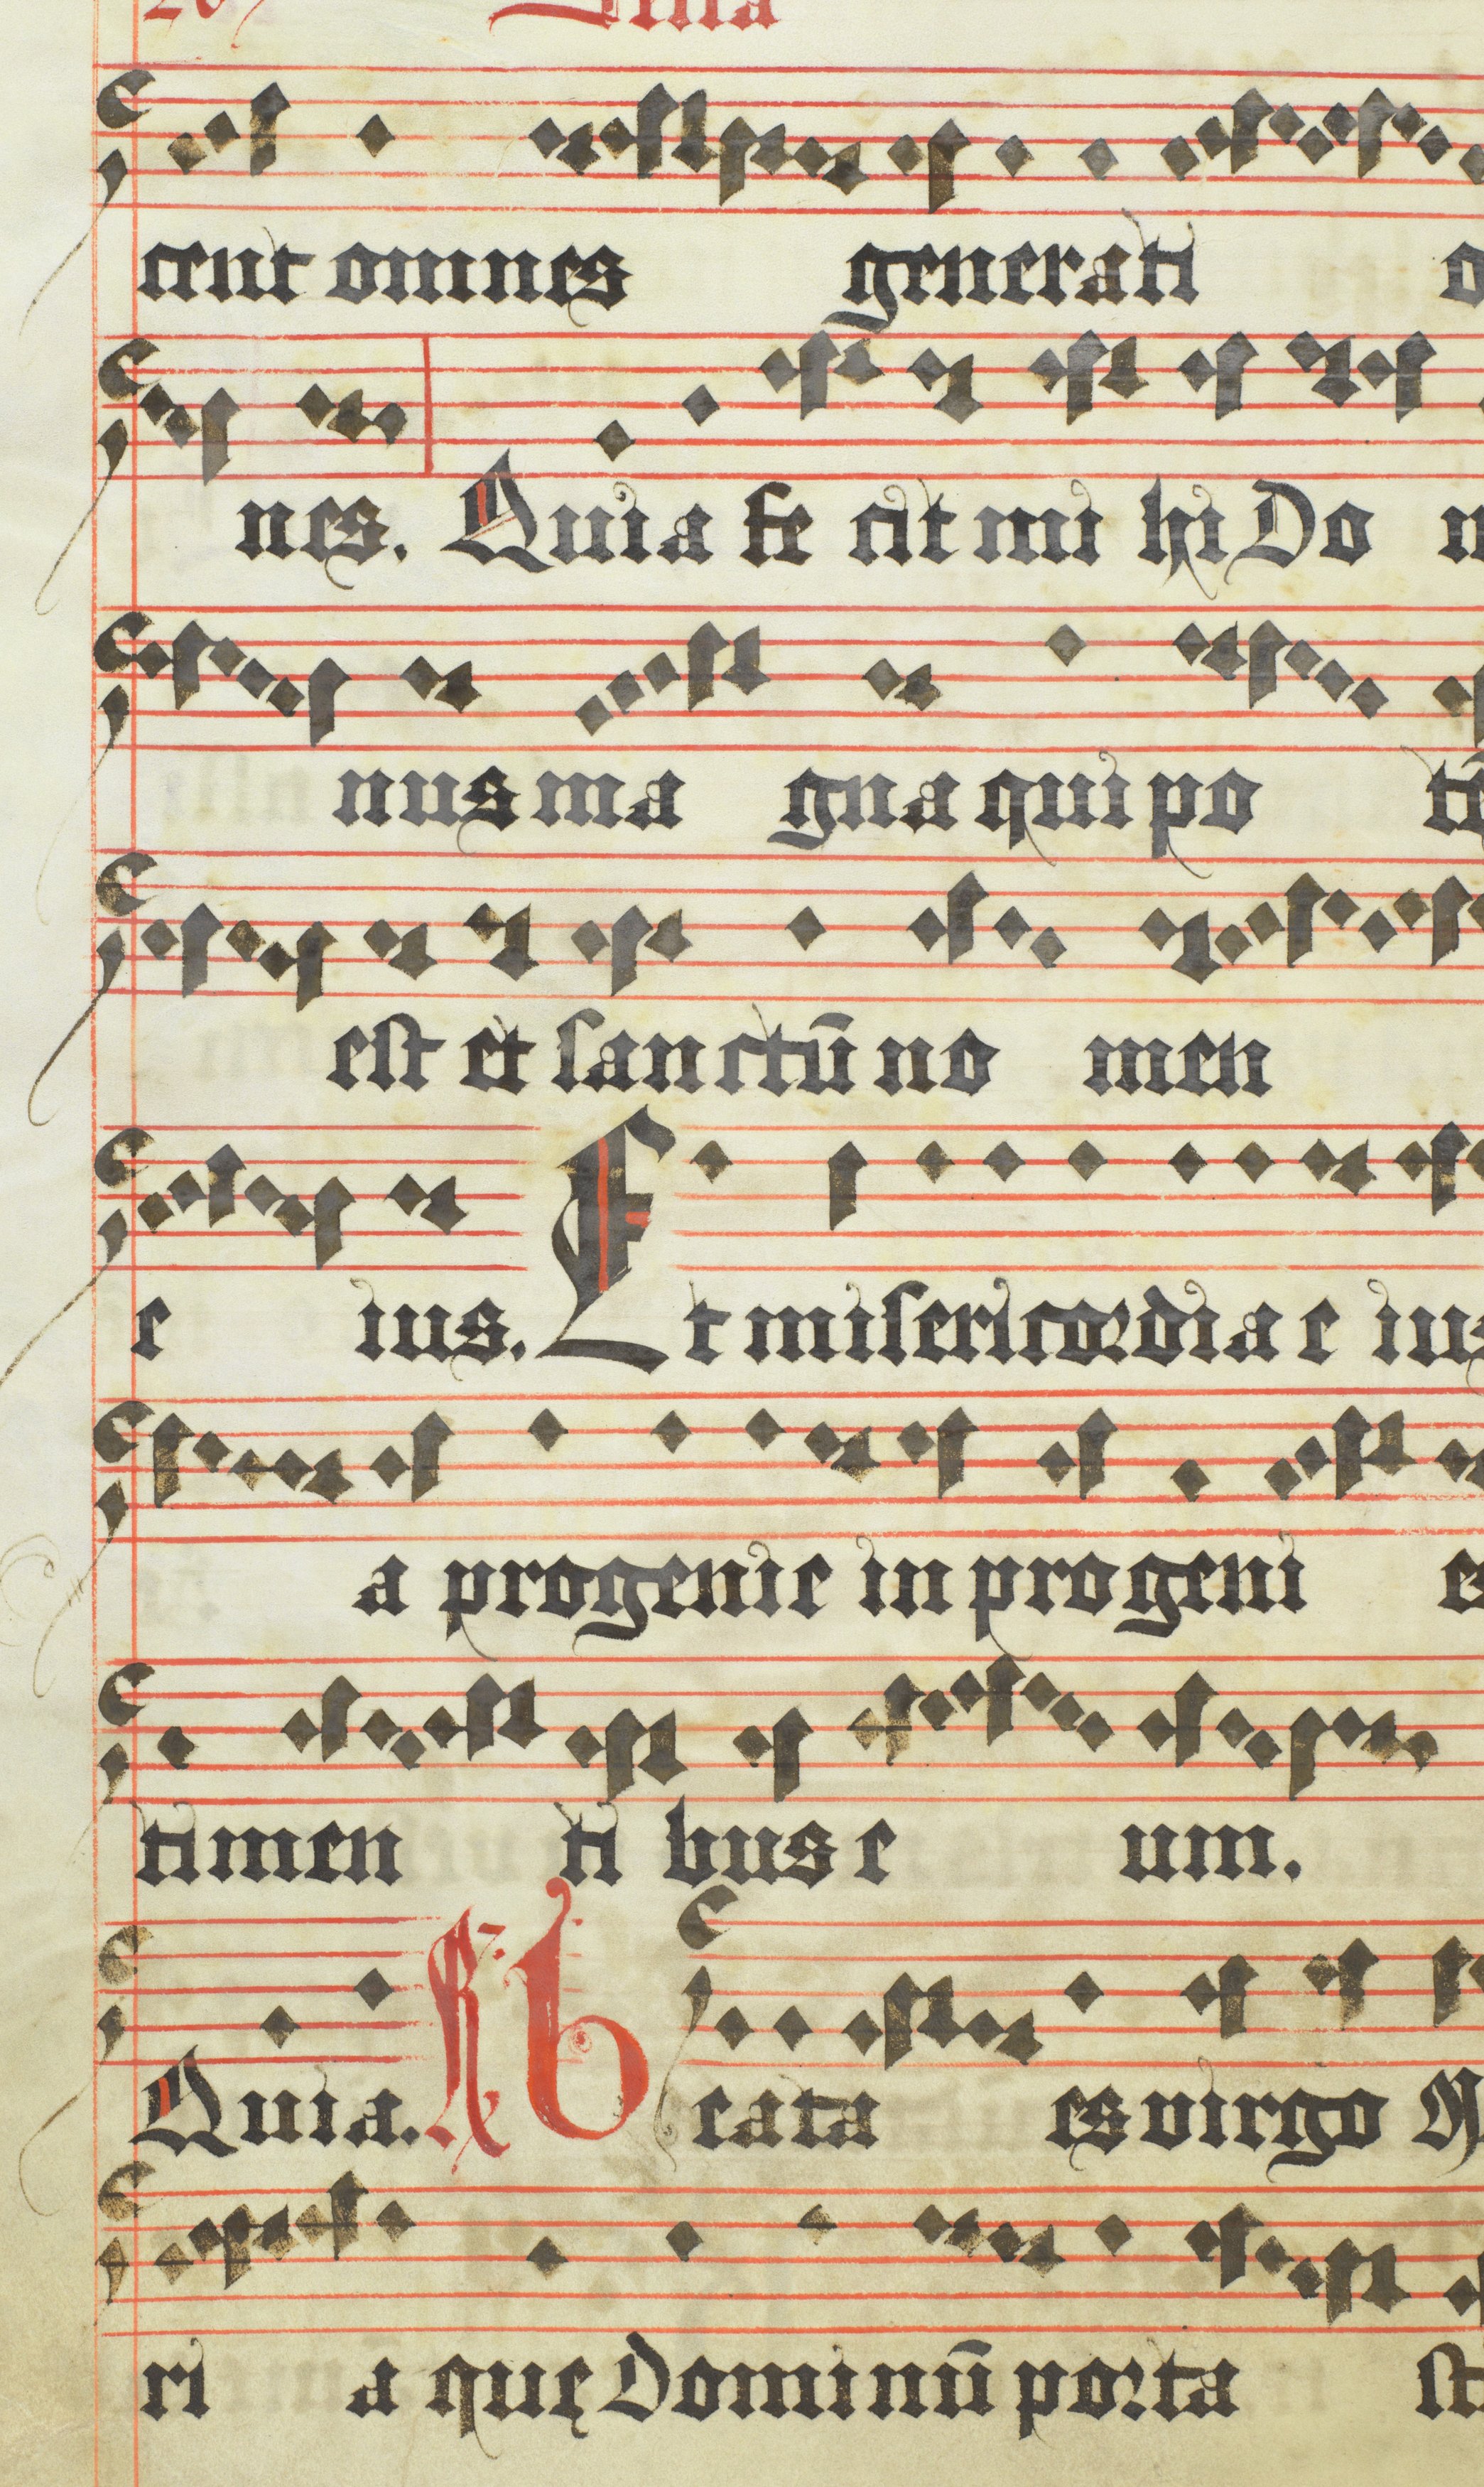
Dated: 1618–1618